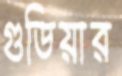
গুডিয়ার